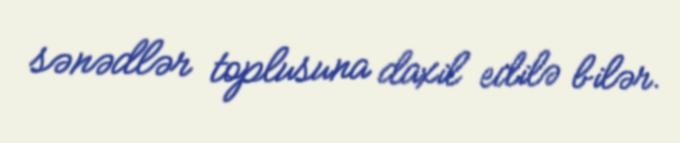
sənədlər toplusuna daxil edilə bilər.